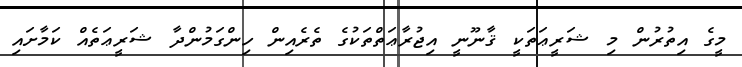
މީގެ އިތުރުން މި ޝަރީޢަތަކީ ޤާނޫނީ އިޖުރާޢަތްތަކުގެ ތެރެއިން ހިންގަމުންދާ ޝަރީޢަތެއް ކަމާށައި